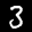
Label: 3